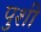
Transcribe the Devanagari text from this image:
पुशी